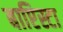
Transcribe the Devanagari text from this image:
बाप्टिस्टा